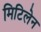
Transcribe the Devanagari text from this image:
मिटिलेन